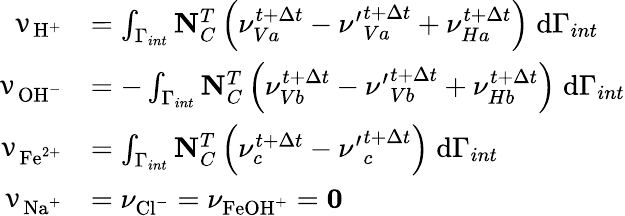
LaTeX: \begin{array}{rl}{\mathbf{\upnu}_{\mathrm{H}^{+}}}&{=\int_{\Gamma_{int}}\mathbf{N}_{C}^{T}\left(\nu_{Va}^{t+\Delta t}-{\nu^{\prime}}_{Va}^{t+\Delta t}+\nu_{Ha}^{t+\Delta t}\right)\; \mathrm{d}\Gamma_{int}}\\ {\mathbf{\upnu}_{\mathrm{OH}^{-}}}&{=-\int_{\Gamma_{int}}\mathbf{N}_{C}^{T}\left(\nu_{Vb}^{t+\Delta t}-{\nu^{\prime}}_{Vb}^{t+\Delta t}+\nu_{Hb}^{t+\Delta t}\right)\; \mathrm{d}\Gamma_{int}}\\ {\mathbf{\upnu}_{\mathrm{Fe}^{2+}}}&{=\int_{\Gamma_{int}}\mathbf{N}_{C}^{T}\left(\nu_{c}^{t+\Delta t}-{\nu^{\prime}}_{c}^{t+\Delta t}\right)\; \mathrm{d}\Gamma_{int}}\\ {\mathbf{\upnu}_{\mathrm{Na}^{+}}}&{=\nu_{\mathrm{Cl}^{-}}=\nu_{\mathrm{FeOH}^{+}}=\mathbf{0}}\end{array}